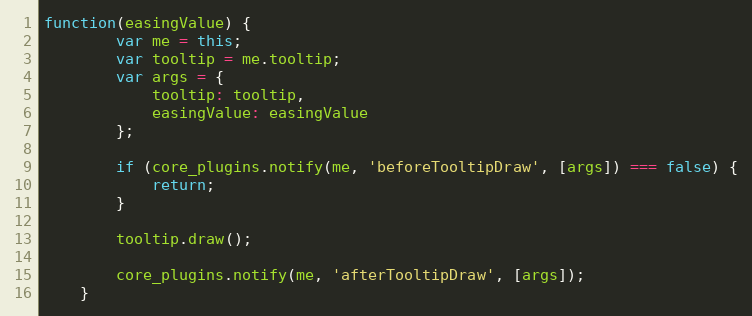
Language: JavaScript
function(easingValue) {
		var me = this;
		var tooltip = me.tooltip;
		var args = {
			tooltip: tooltip,
			easingValue: easingValue
		};

		if (core_plugins.notify(me, 'beforeTooltipDraw', [args]) === false) {
			return;
		}

		tooltip.draw();

		core_plugins.notify(me, 'afterTooltipDraw', [args]);
	}